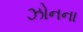
ઝોનના